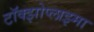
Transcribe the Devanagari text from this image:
टॉक्झोप्लाझ्मा